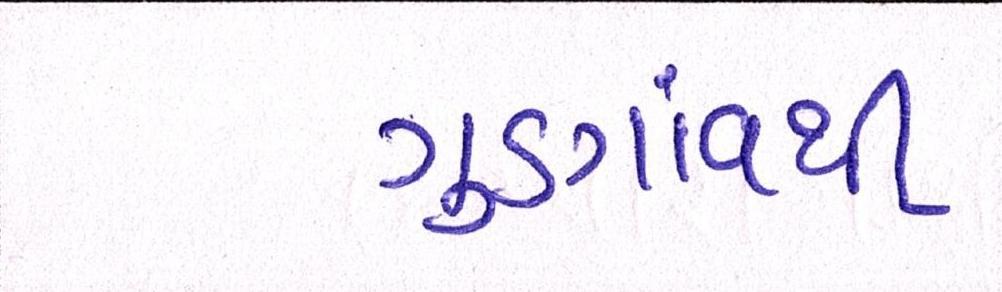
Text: ગુડગાંવથી